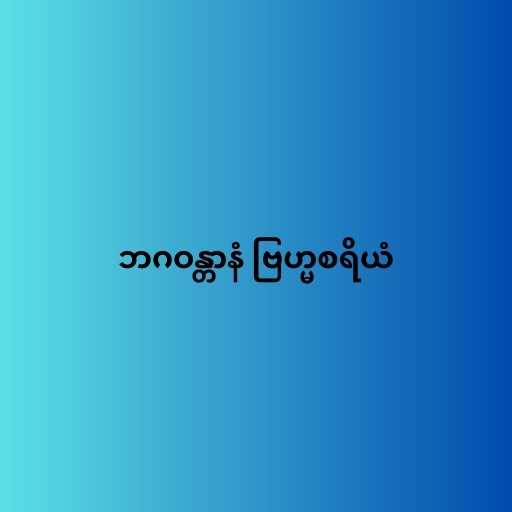
ဘဂဝန္တာနံ ဗြဟ္မစရိယံ